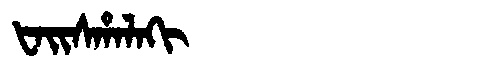
Manchu: ᡶᠠᡳᠰᡥᠠᠯᠠᡴᡳ
Romanization: FAISHALAKI